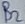
Text: B2